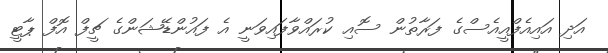
އަދި އައިއެފްއީއެސްގެ ފަރާތުން ސޮއި ކުރައްވާފައިވަނީ އެ ފައުންޑޭޝަންގެ ޗީފް އޮފް ޕާޓީ